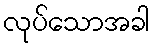
လုပ်သောအခါ